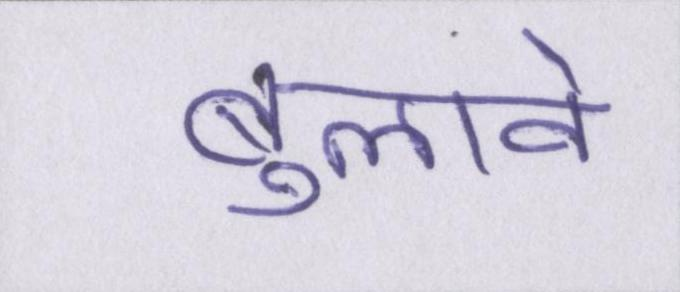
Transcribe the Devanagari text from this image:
बुलावे